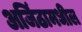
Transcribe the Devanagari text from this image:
अजिंठामधील